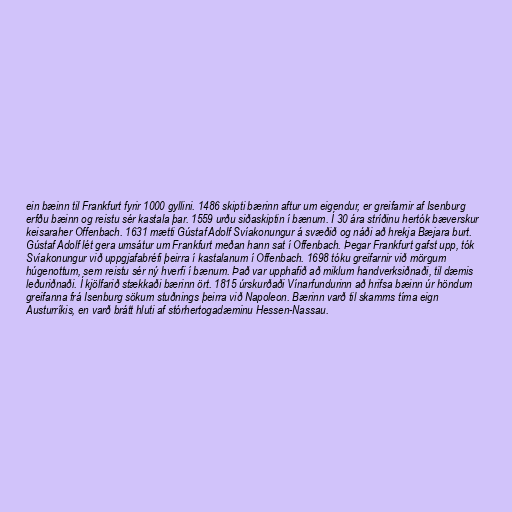
ein bæinn til Frankfurt fyrir 1000 gyllini. 1486 skipti bærinn aftur um eigendur, er greifarnir af Isenburg
erfðu bæinn og reistu sér kastala þar. 1559 urðu siðaskiptin í bænum. Í 30 ára stríðinu hertók bæverskur
keisaraher Offenbach. 1631 mætti Gústaf Adolf Svíakonungur á svæðið og náði að hrekja Bæjara burt.
Gústaf Adolf lét gera umsátur um Frankfurt meðan hann sat í Offenbach. Þegar Frankfurt gafst upp, tók
Svíakonungur við uppgjafabréfi þeirra í kastalanum í Offenbach. 1698 tóku greifarnir við mörgum
húgenottum, sem reistu sér ný hverfi í bænum. Það var upphafið að miklum handverksiðnaði, til dæmis
leðuriðnaði. Í kjölfarið stækkaði bærinn ört. 1815 úrskurðaði Vínarfundurinn að hrifsa bæinn úr höndum
greifanna frá Isenburg sökum stuðnings þeirra við Napoleon. Bærinn varð til skamms tíma eign
Austurríkis, en varð brátt hluti af stórhertogadæminu Hessen-Nassau.